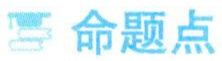
命题点